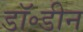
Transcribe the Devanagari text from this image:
डॉ॰डीन